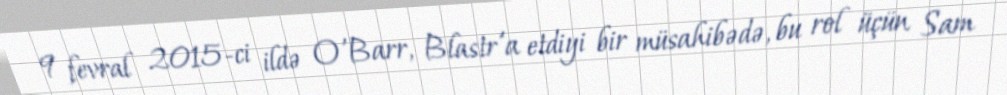
9 fevral 2015-ci ildə O'Barr, Blastr'a etdiyi bir müsahibədə, bu rol üçün Sam